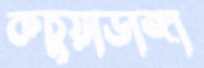
কচুয়াডাঙ্গা